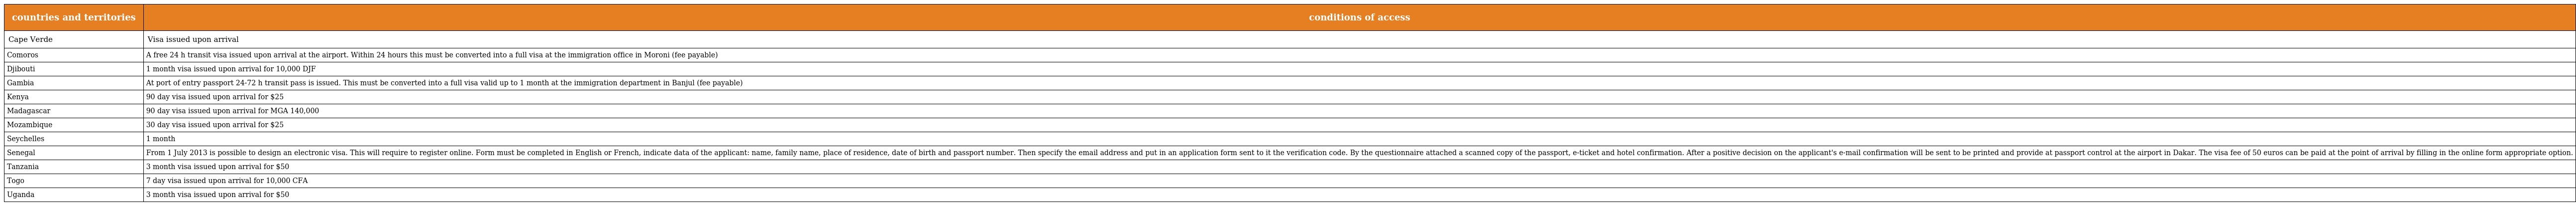
| countries and territories | conditions of access |
 | --- | --- |
 | Cape Verde | Visa issued upon arrival |
 | Comoros | A free 24 h transit visa issued upon arrival at the airport. Within 24 hours this must be converted into a full visa at the immigration office in Moroni (fee payable) |
 | Djibouti | 1 month visa issued upon arrival for 10,000 DJF |
 | Gambia | At port of entry passport 24-72 h transit pass is issued. This must be converted into a full visa valid up to 1 month at the immigration department in Banjul (fee payable) |
 | Kenya | 90 day visa issued upon arrival for $25 |
 | Madagascar | 90 day visa issued upon arrival for MGA 140,000 |
 | Mozambique | 30 day visa issued upon arrival for $25 |
 | Seychelles | 1 month |
 | Senegal | From 1 July 2013 is possible to design an electronic visa. This will require to register online. Form must be completed in English or French, indicate data of the applicant: name, family name, place of residence, date of birth and passport number. Then specify the email address and put in an application form sent to it the verification code. By the questionnaire attached a scanned copy of the passport, e-ticket and hotel confirmation. After a positive decision on the applicant's e-mail confirmation will be sent to be printed and provide at passport control at the airport in Dakar. The visa fee of 50 euros can be paid at the point of arrival by filling in the online form appropriate option. |
 | Tanzania | 3 month visa issued upon arrival for $50 |
 | Togo | 7 day visa issued upon arrival for 10,000 CFA |
 | Uganda | 3 month visa issued upon arrival for $50 |